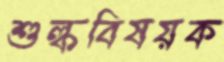
শুল্কবিষয়ক